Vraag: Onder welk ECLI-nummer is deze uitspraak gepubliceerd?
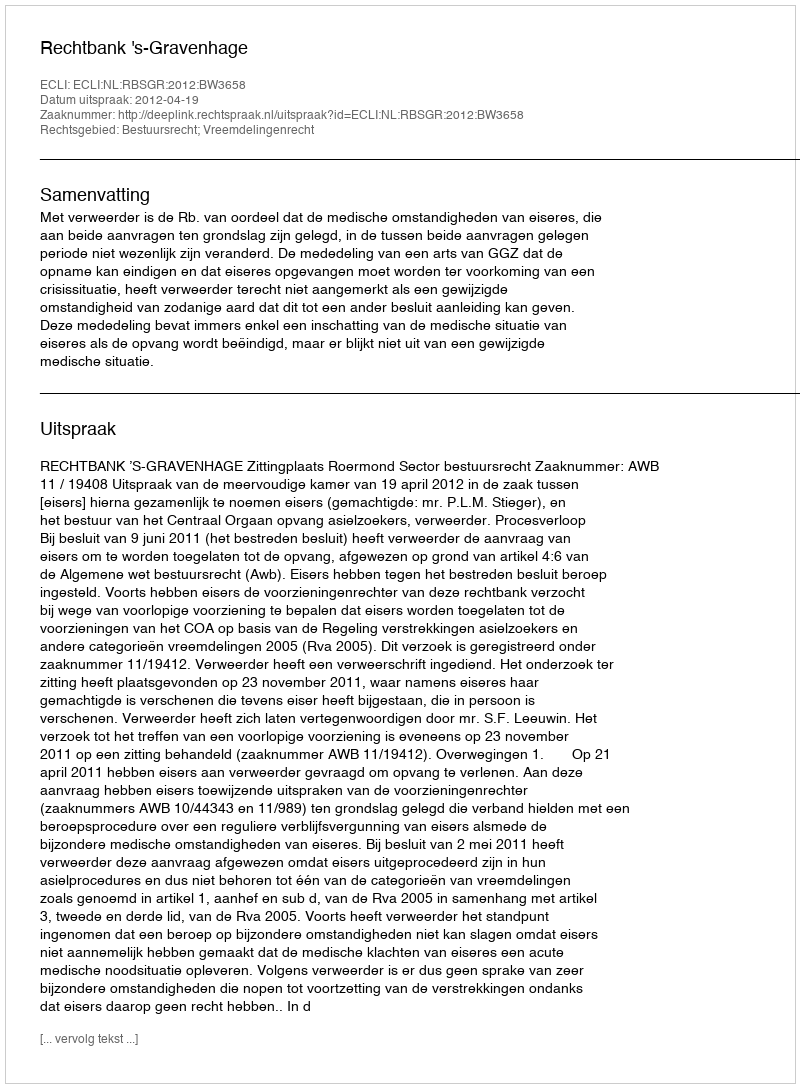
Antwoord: ECLI:NL:RBSGR:2012:BW3658